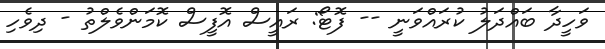
ވަހީދާ ބައްދަލު ކުރައްވަނީ -- ފޮޓޯ: ރައީސް އޮފީސް ކޮމަންވެލްތު - ދިވެހި